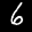
Label: 6